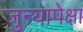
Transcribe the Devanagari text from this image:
जुन्यापेक्षा